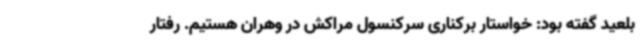
بلعید گفته بود: خواستار برکناری سرکنسول مراکش در وهران هستیم. رفتار